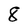
Character: 8